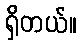
ရှိတယ်။